Annual administration report of the Civil Veterinary Department of India - 1896-1897
Year: 1896
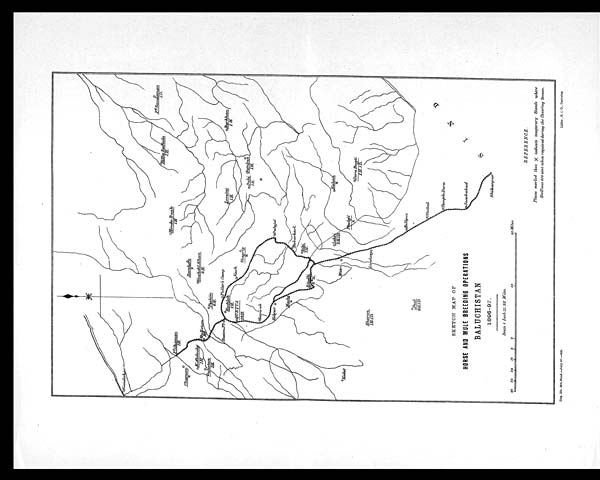
REFERENCE.
Places marked thus X indicate temporary Stands where
Stallions are sent when required during the Covering Season.